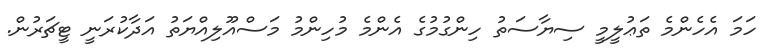
ހަމަ އެހެންމެ ތަޢުލީމީ ސިޔާސަތު ހިންގުމުގެ އެންމެ މުހިންމު މަސްއޫލިއްޔަތު އަދާކުރަނީ ޓީޗަރުން.